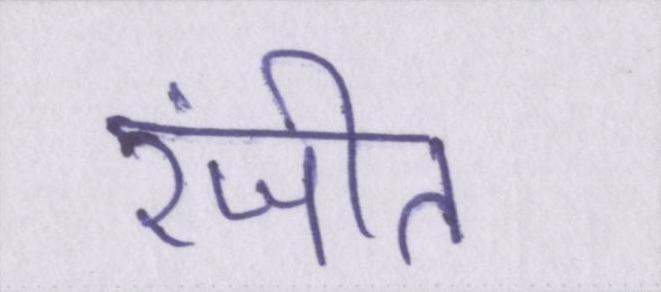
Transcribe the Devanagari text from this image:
रंजीत